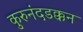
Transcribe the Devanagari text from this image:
कुरुनंदडक्कन